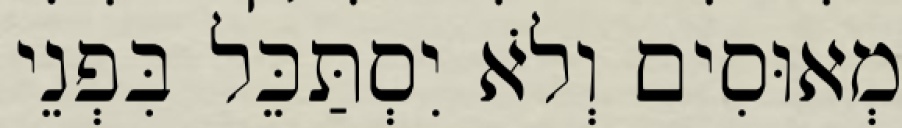
מְאוּסִים וְלֹא יִסְתַּכֵּל בִּפְנֵי